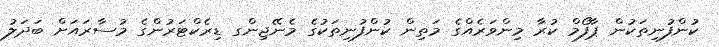
ކުންފުނިތަކުން ޕާފޯމް ކުރާ މިންވަރެއްގެ މަތިން ކުންފުނިތަކުގެ މެނޭޖިންގ ޑިރެކްޓަރުންގެ މުސާރައަށް ބަދަލު